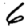
Digit: 6